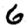
Digit: 6